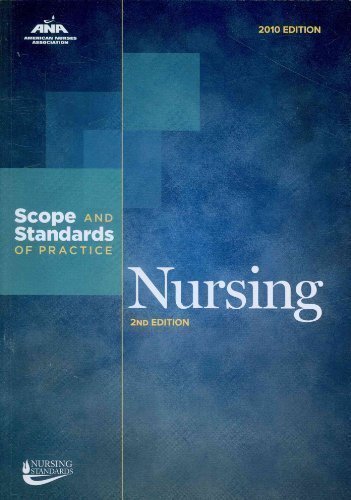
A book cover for Nursing: Scope and Standards of Practice (Ana, Nursing Administration: Scope and Standards of Practice) 2nd (second) Edition published by Amer Nurses Assn (2010); Ana; Medical Books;